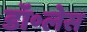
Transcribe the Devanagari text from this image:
डॉ॰लेस